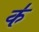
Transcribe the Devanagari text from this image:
क॑